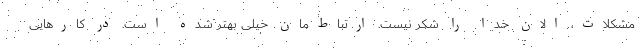
مشکلات، الان خدا را شکر نیست. ارتباط‌مان خیلی بهتر شده است. در کارهایی